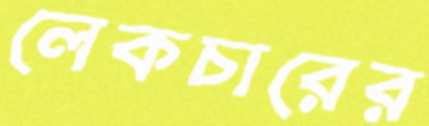
লেকচারের